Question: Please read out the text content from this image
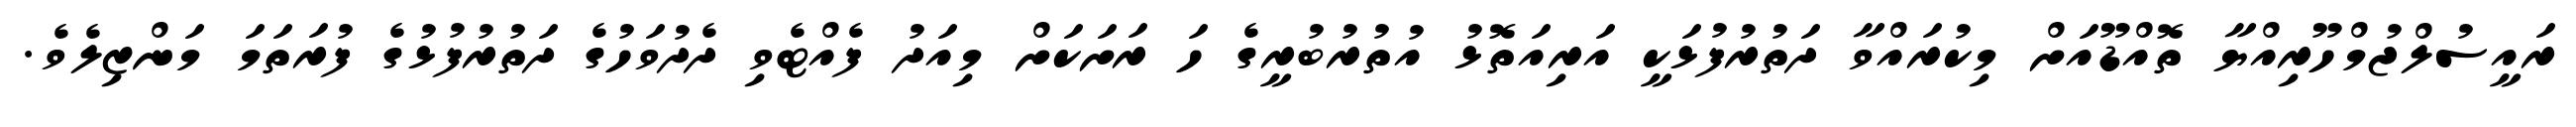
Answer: ރައީސުލްޖުމްހޫރިއްޔާ ތޮއްޑޫއަށް މިކުރައްވާ ދަތުރުފުޅަކީ އަރިއަތޮޅު އުތުރުބުރީގެ ހަ ރަށަކަށް މިއަދު ފެއްޓެވި ދެދުވަހުގެ ދަތުރުފުޅުގެ ފުރަތަމަ މަންޒިލެވެ.